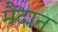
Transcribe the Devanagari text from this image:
मैंदान